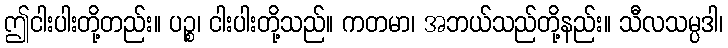
ဤငါးပါးတို့တည်း။ ပဉ္စ၊ ငါးပါးတို့သည်။ ကတမာ၊ အဘယ်သည်တို့နည်း။ သီလသမ္ပဒါ၊